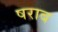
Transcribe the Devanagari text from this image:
षराब